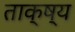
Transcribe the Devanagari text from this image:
ताक्ष्य